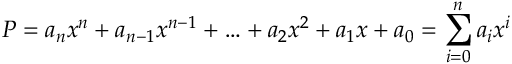
P = a _ { n } x ^ { n } + a _ { n - 1 } x ^ { n - 1 } + \ldots + a _ { 2 } x ^ { 2 } + a _ { 1 } x + a _ { 0 } = \sum _ { i = 0 } ^ { n } a _ { i } x ^ { i }